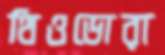
থিওডোরা